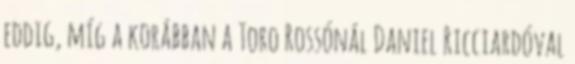
eddig, míg a korábban a Toro Rossónál Daniel Ricciardóval